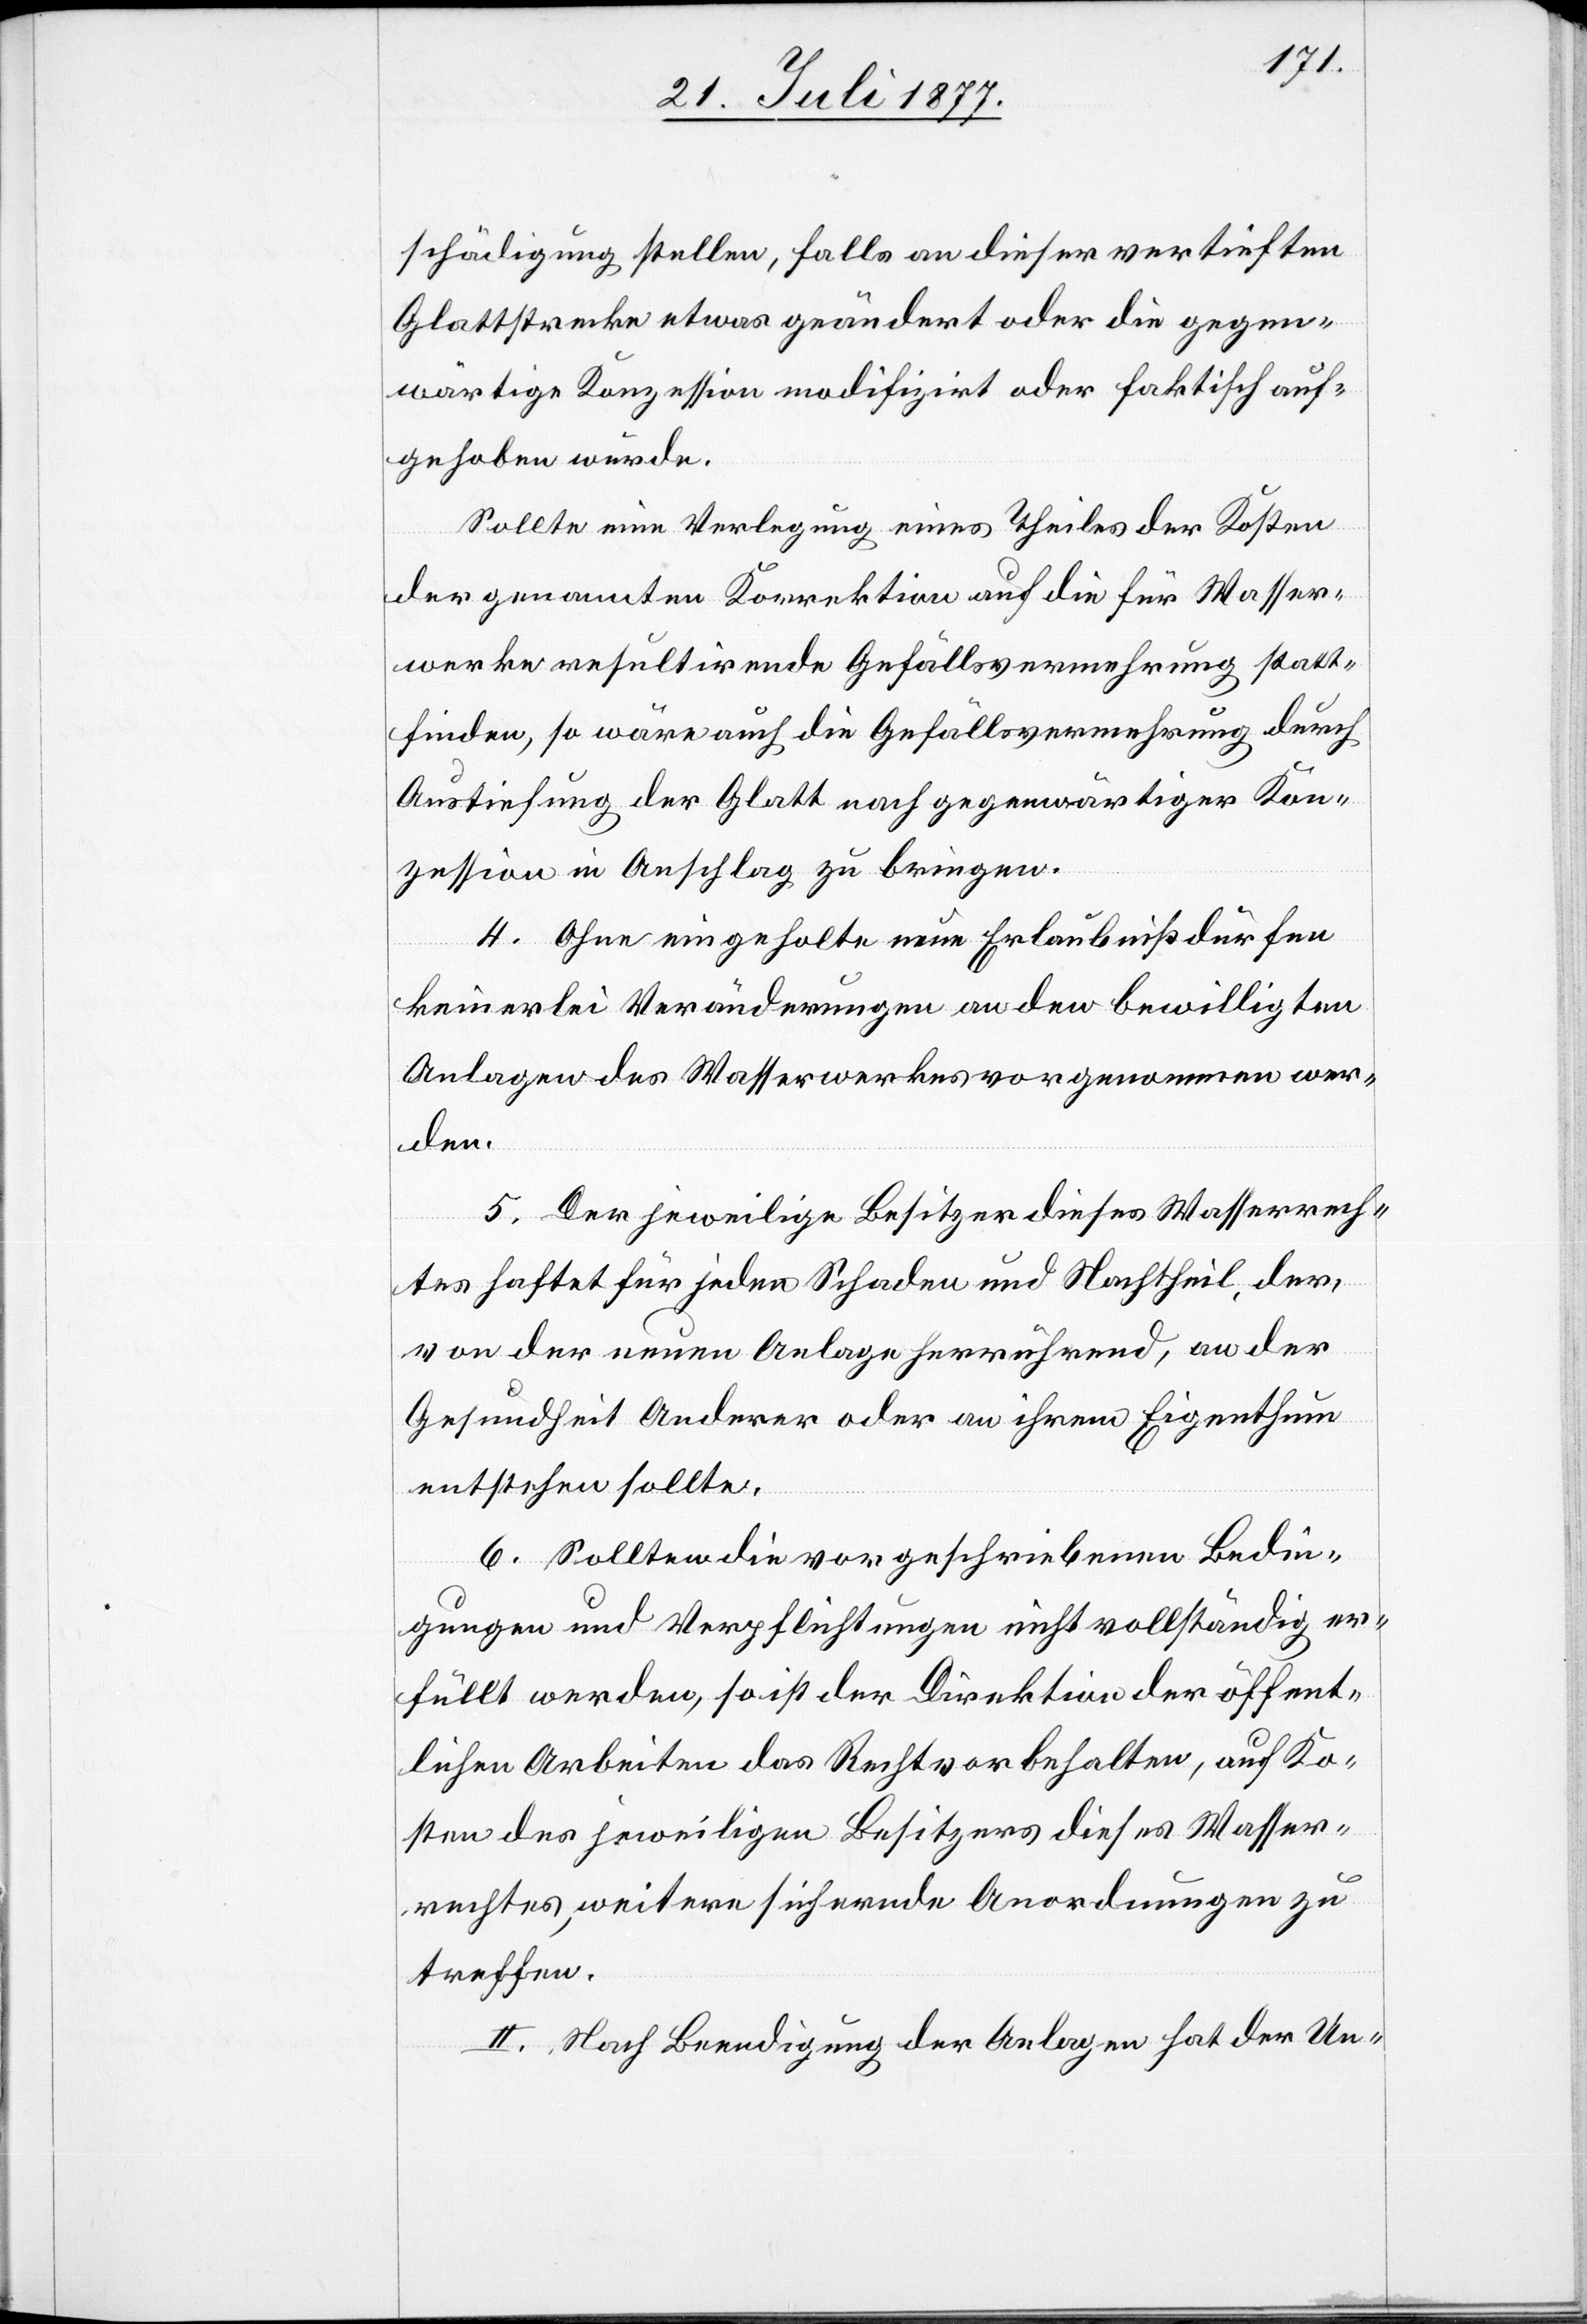
schädigung stellen, falls an dieser vertieften
Glattstrecke etwas geändert oder die gegen¬
wärtige Konzession modifizirt oder faktisch auf¬
gehoben würde.
Sollte eine Verlegung eines Theiles der Kosten
der genannten Korrektion auf die für Wasser¬
werke resultirende Gefällsvermehrung statt¬
finden, so wäre auch die Gefällsvermehrung durch
Austiefung der Glatt nach gegenwärtiger Kon¬
zession in Anschlag zu bringen.
4. Ohne eingeholte neue Erlaubniß dürfen
keinerlei Veränderungen an den bewilligten
Anlagen des Wasserwerkes vorgenommen wer¬
den.
5. Der jeweilige Besitzer dieses Wasserrech¬
tes haftet für jeden Schaden und Nachtheil, der,
von der neuen Anlage herrührend, an der
Gesundheit Anderer oder an ihrem Eigenthum
entstehen sollte.
6. Sollten die vorgeschriebenen Bedin¬
gungen und Verpflichtungen nicht vollständig er¬
füllt werden, so ist der Direktion der öffent¬
lichen Arbeiten das Recht vorbehalten, auf Ko¬
sten des jeweiligen Besitzers dieses Wasser¬
rechtes, weitere sichernde Anordnungen zu
treffen.
II. Nach Beendigung der Anlagen hat der Un-